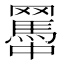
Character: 𦌱